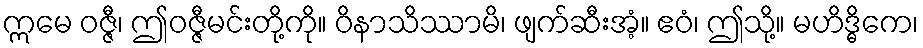
ဣမေ ဝဇ္ဇီ၊ ဤဝဇ္ဇီမင်းတို့ကို။ ဝိနာသိဿာမိ၊ ဖျက်ဆီးအံ့။ ဧဝံ၊ ဤသို့။ မဟိဒ္ဓိကေ၊